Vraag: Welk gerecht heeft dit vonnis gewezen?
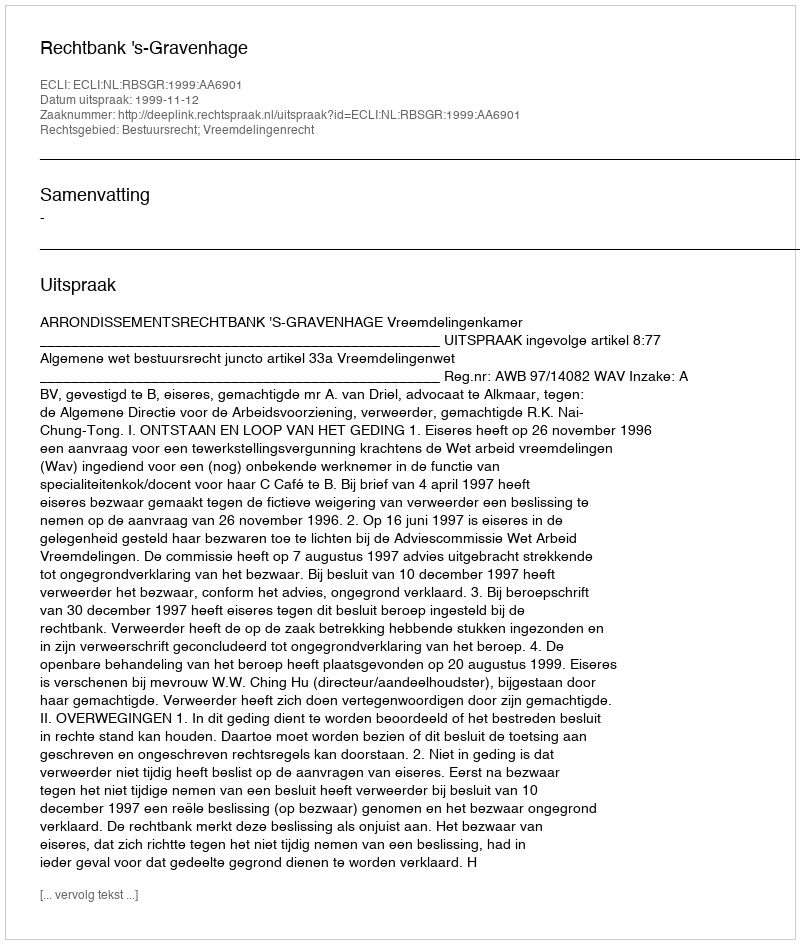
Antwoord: Rechtbank 's-Gravenhage